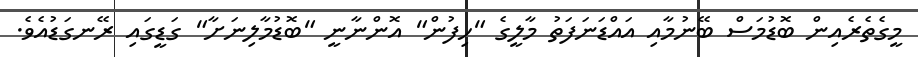
މީގެތެރެއިން ބޮޑުމަސް ބޭނުމާއި އައްޑަނަފަތު މާލީގެ "ހިފުން" އޮންނާނީ "ބޮޑުމާލިނަށާ" ގަޑީގައި ރޭނގަޑުއެވެ.